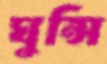
ঘুন্সি